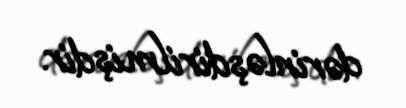
dərinləşdirilmişdir.